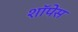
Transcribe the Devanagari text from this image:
शॉपेस